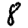
Digit: 8